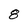
Character: 8